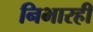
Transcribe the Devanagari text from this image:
निभारही